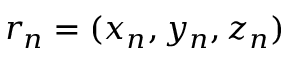
\boldsymbol { r } _ { \! \; \! n } = ( x _ { n } , y _ { n } , z _ { n } )